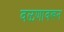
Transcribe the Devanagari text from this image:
वळणावरून